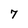
Character: 7